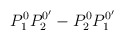
\begin{align*}P_1^0P_2^{0^{\prime }}-P_2^0P_1^{0^{\prime }} \end{align*}